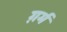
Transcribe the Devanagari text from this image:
ग़र्म